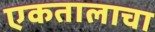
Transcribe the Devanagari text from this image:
एकतालाचा